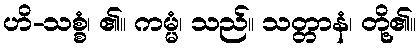
ဟိ-သစ္စံ၊ ၏။ ကမ္မံ၊ သည်။ သတ္တာနံ၊ တို့၏။